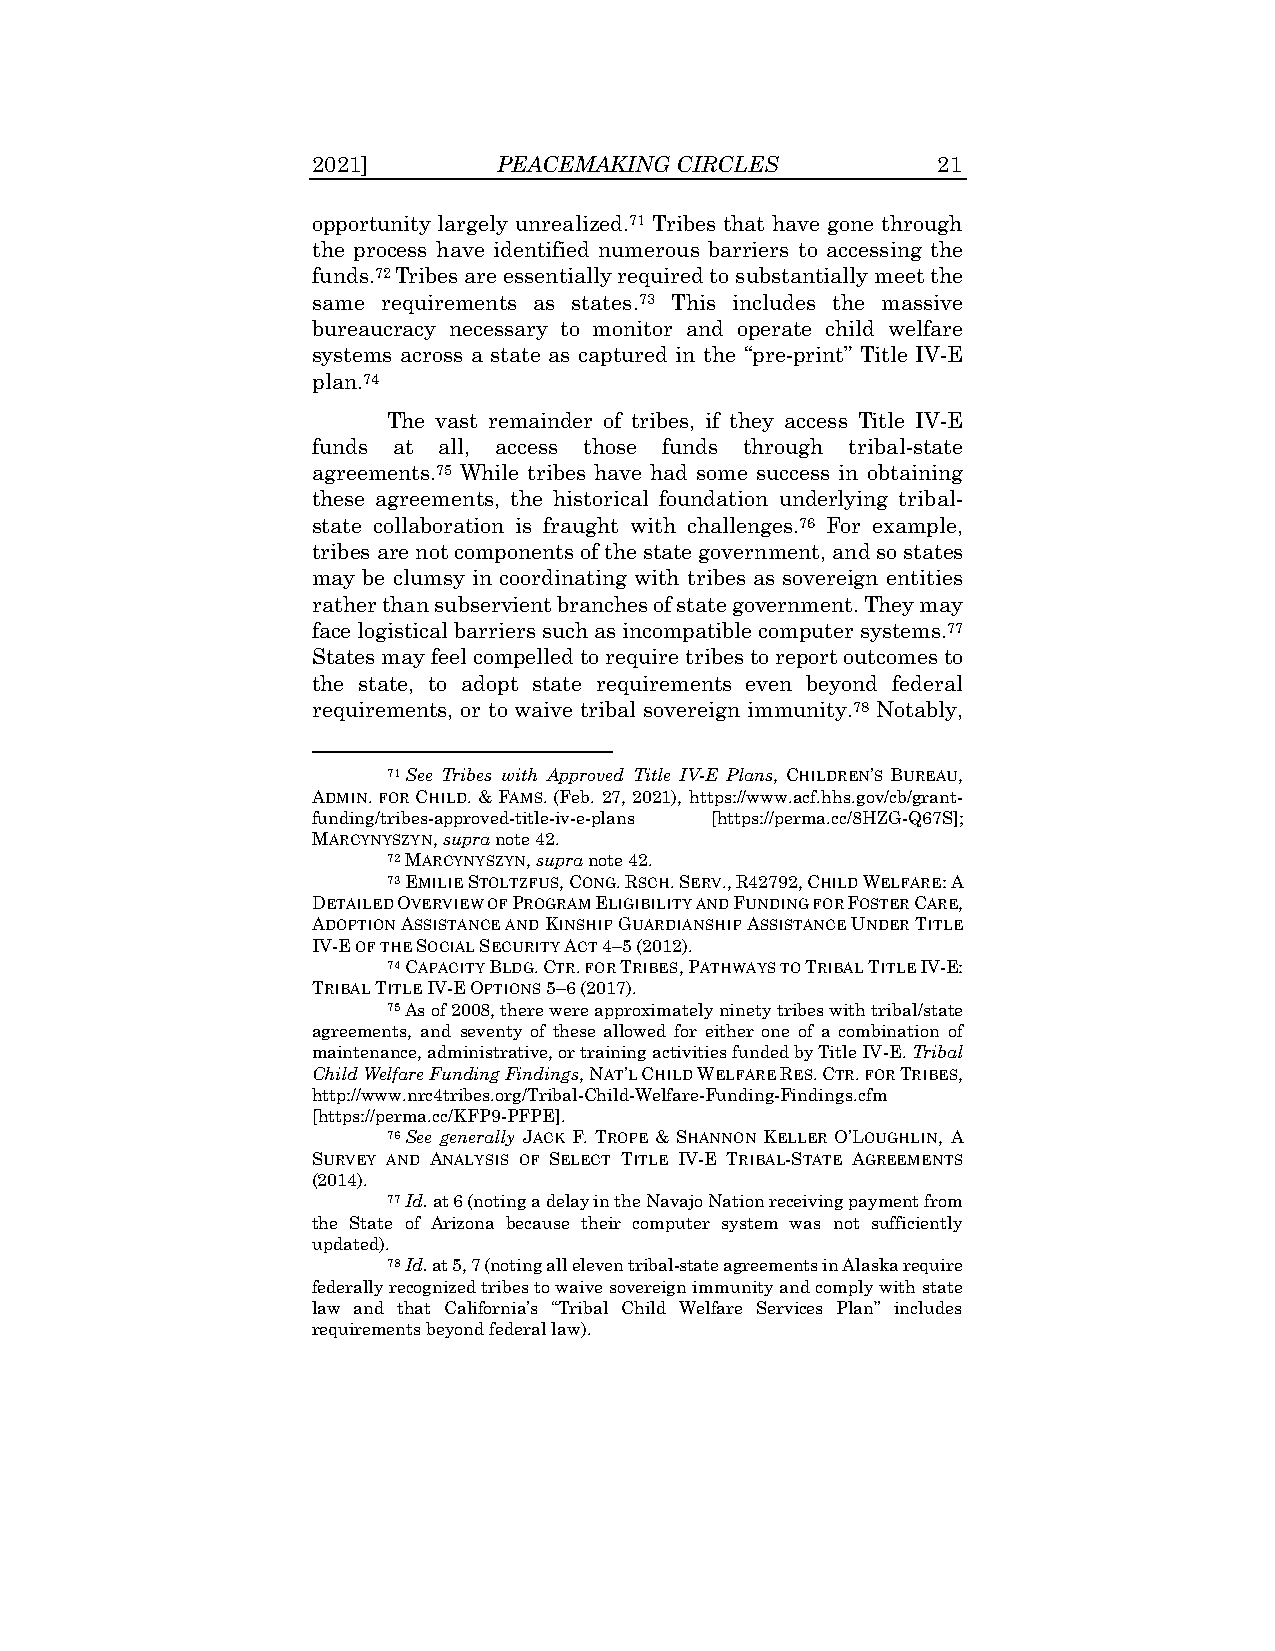
2021]       PEACEMAKING CIRCLES          21
 opportunity largely unrealized.71 Tribes that have gone through
 the process have identified numerous barriers to accessing the
 funds.72 Tribes are essentially required to substantially meet the
 same requirements as states.73 This includes the massive
 bureaucracy necessary to monitor and operate child welfare
 systems across a state as captured in the “pre-print” Title IV-E
 plan.74
 The vast remainder of tribes, if they access Title IV-E
 funds at all, access those funds through tribal-state
 agreements.75 While tribes have had some success in obtaining
 these agreements, the historical foundation underlying tribal-
 state collaboration is fraught with challenges.76 For example,
 tribes are not components of the state government, and so states
 may be clumsy in coordinating with tribes as sovereign entities
 rather than subservient branches of state government. They may
 face logistical barriers such as incompatible computer systems.77
 States may feel compelled to require tribes to report outcomes to
 the state, to adopt state requirements even beyond federal
 requirements, or to waive tribal sovereign immunity.78 Notably,
 71 See Tribes with Approved Title IV-E Plans, CHILDREN’S BUREAU,
 ADMIN. FOR CHILD. & FAMS. (Feb. 27, 2021), https://www.acf.hhs.gov/cb/grant-
 funding/tribes-approved-title-iv-e-plans [https://perma.cc/8HZG-Q67S];
 MARCYNYSZYN, supra note 42.
 72 MARCYNYSZYN, supra note 42.
 73 EMILIE STOLTZFUS, CONG. RSCH. SERV., R42792, CHILD WELFARE: A
 DETAILED OVERVIEW OF PROGRAM ELIGIBILITY AND FUNDING FOR FOSTER CARE,
 ADOPTION ASSISTANCE AND KINSHIP GUARDIANSHIP ASSISTANCE UNDER TITLE
 IV-E OF THE SOCIAL SECURITY ACT 4–5 (2012).
 74 CAPACITY BLDG. CTR. FOR TRIBES, PATHWAYS TO TRIBAL TITLE IV-E:
 TRIBAL TITLE IV-E OPTIONS 5–6 (2017).
 75 As of 2008, there were approximately ninety tribes with tribal/state
 agreements, and seventy of these allowed for either one of a combination of
 maintenance, administrative, or training activities funded by Title IV-E. Tribal
 Child Welfare Funding Findings, NAT’L CHILD WELFARE RES. CTR. FOR TRIBES,
 http://www.nrc4tribes.org/Tribal-Child-Welfare-Funding-Findings.cfm
 [https://perma.cc/KFP9-PFPE].
 76 See generally JACK F. TROPE & SHANNON KELLER O’LOUGHLIN, A
 SURVEY AND ANALYSIS OF SELECT TITLE IV-E TRIBAL-STATE AGREEMENTS
 (2014).
 77 Id. at 6 (noting a delay in the Navajo Nation receiving payment from
 the State of Arizona because their computer system was not sufficiently
 updated).
 78 Id. at 5, 7 (noting all eleven tribal-state agreements in Alaska require
 federally recognized tribes to waive sovereign immunity and comply with state
 law and that California’s “Tribal Child Welfare Services Plan” includes
 requirements beyond federal law).